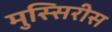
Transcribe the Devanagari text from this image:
मुस्सिरीस